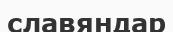
славяндар